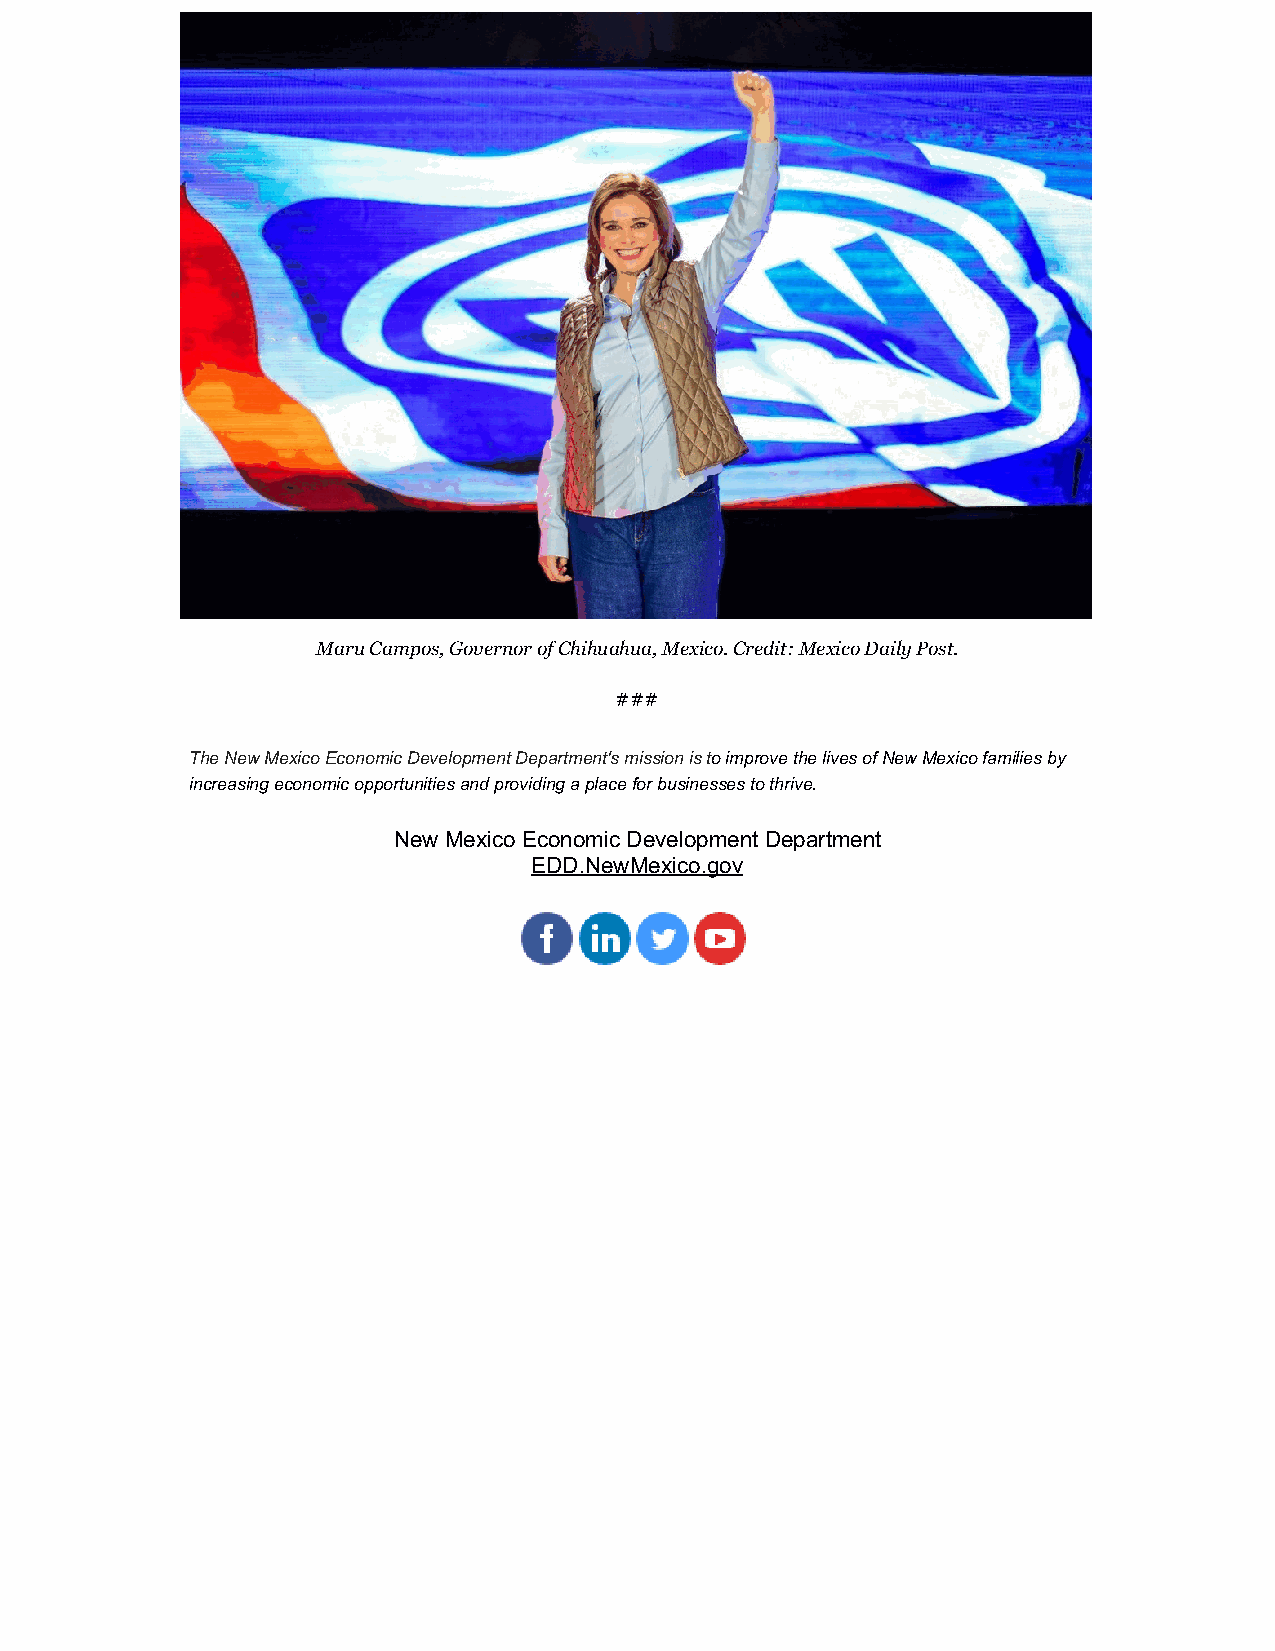
Maru Campos, Governor of Chihuahua, Mexico. Credit: Mexico Daily Post.
 ###
 The New Mexico Economic Development Department's mission is to improve the lives of New Mexico families by
 increasing economic opportunities and providing a place for businesses to thrive.
 New Mexico Economic Development Department
 EDD.NewMexico.gov
 ​   ​   ​   ​